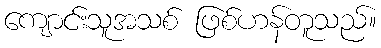
ကျောင်းသူအသစ် ဖြစ်ဟန်တူသည်။